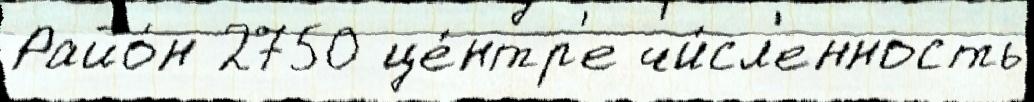
Райо́н 2750 це́нтр'е чи́сл'енность